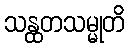
သန္ထတသမ္မုတိ